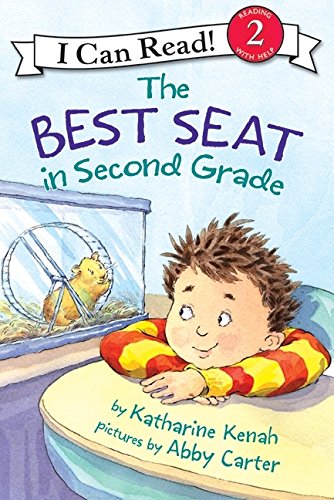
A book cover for The Best Seat in Second Grade (I Can Read Level 2); Katharine Kenah; Children's Books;